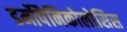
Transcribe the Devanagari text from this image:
डर्मोपैनिकोलोसिस